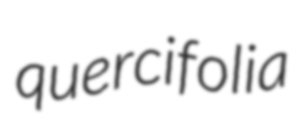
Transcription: quercifolia